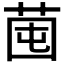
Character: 𦯁